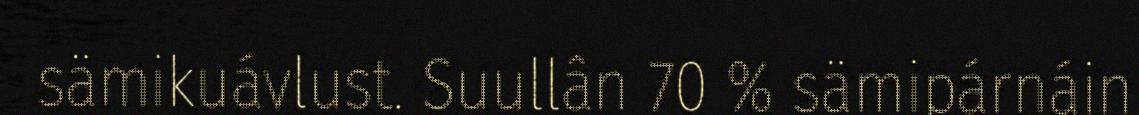
sämikuávlust. Suullân 70 % sämipárnáin